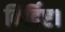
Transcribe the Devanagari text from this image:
निर्दिष्ट।